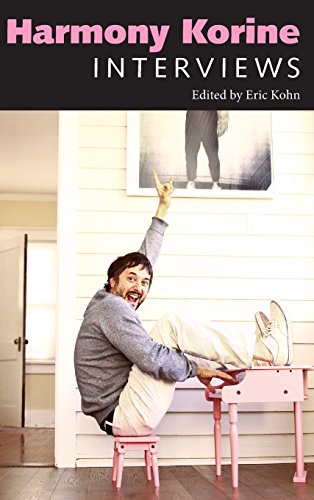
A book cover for Harmony Korine: Interviews (Conversations with Filmmakers Series); Humor & Entertainment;